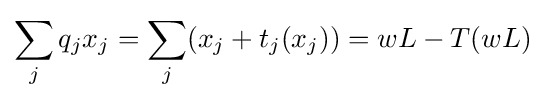
\sum _{j}q_{j}x_{j}=\sum _{j}(x_{j}+t_{j}(x_{j}))=wL-T(wL)\;